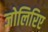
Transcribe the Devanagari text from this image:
जोलिरिए